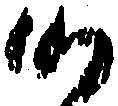
候